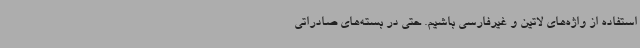
استفاده از واژه‌های لاتین و غیرفارسی باشیم. حتی در بسته‌های صادراتی